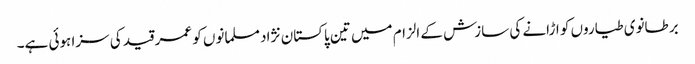
برطانوی طیاروں کو اڑانے کی سازش کے الزام میں تین پاکستان نژاد مسلمانوں کو عمر قید کی سزا ہوئی ہے۔